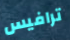
ترافيس